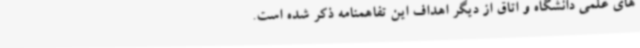
های علمی دانشگاه و اتاق از دیگر اهداف این تفاهمنامه ذکر شده است.